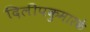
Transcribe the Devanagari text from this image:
दिलीपकुमारके